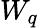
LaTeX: W_{q}